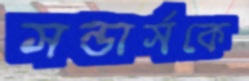
সন্ডার্সকে